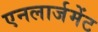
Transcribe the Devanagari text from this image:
एनलार्जमेंट